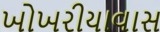
ખોખરીયાવાસ